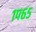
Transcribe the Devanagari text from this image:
१प६५